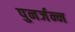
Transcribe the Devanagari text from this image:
पुनर्जन्न